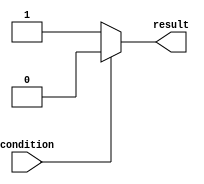
module if_else_example (
   input wire condition,
   output reg result
);

always @* begin
   if (~condition) begin
      // Block of code to execute if condition is false
      result <= 1'b1;
   end
   else begin
       // Block of code to execute if condition is true
       result <= 1'b0;
   end
end

endmodule